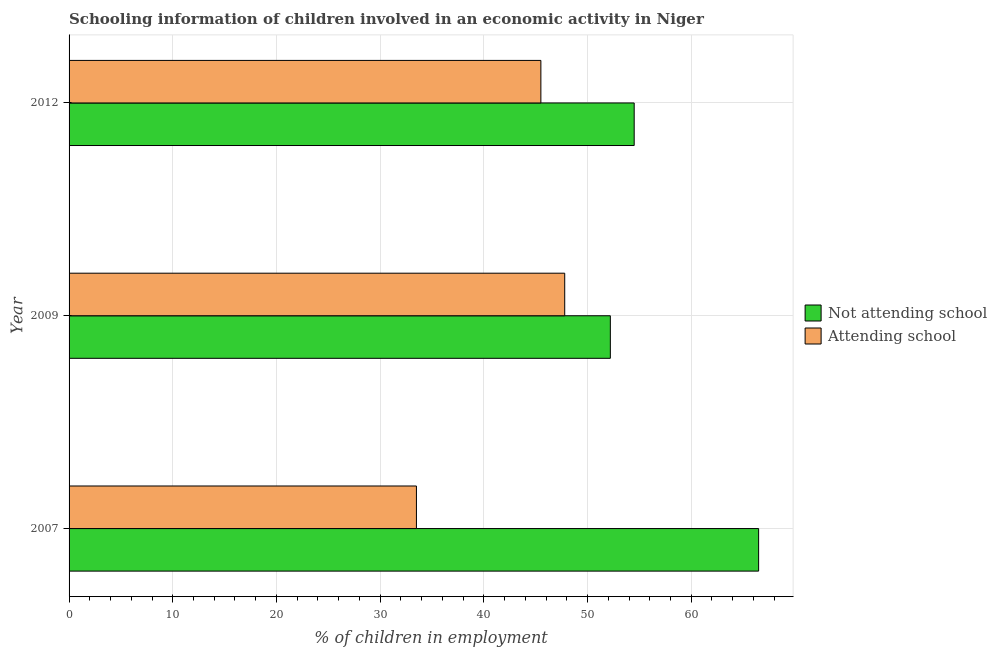
| Year | Not attending school | Attending school |
 | --- | --- | --- |
 | 2007 | 66.5 | 33.5 |
 | 2009 | 52.2 | 47.8 |
 | 2012 | 54.5 | 45.5 |